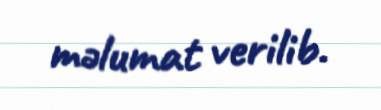
məlumat verilib.